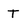
Character: T